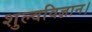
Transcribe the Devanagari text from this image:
शुल्वविज्ञान।